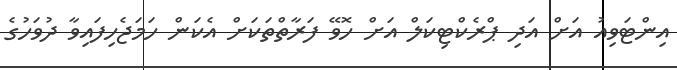
އިންޓަވިއު އަށް އަދި ޕްރެކްޓިކަލް އަށް ހޮވޭ ފަރާތްތަކަށް އެކަން ހަމަޖެހިފައިވާ ދުވަހުގެ